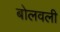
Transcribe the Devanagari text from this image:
बोलवली